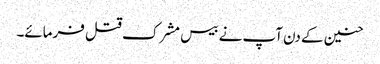
حنین کے دن آپ نے بیس مشرک قتل فرمائے۔